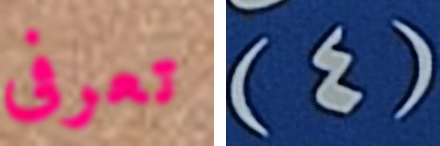
تعرفى (4)